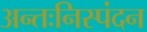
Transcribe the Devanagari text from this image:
अन्तःनिस्पंदन